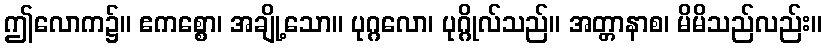
ဤလောက၌။ ဧကစ္စော၊ အချို့သော။ ပုဂ္ဂလော၊ ပုဂ္ဂိုလ်သည်။ အတ္တာနာစ၊ မိမိသည်လည်း။